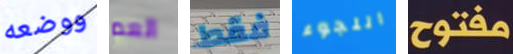
ووضعه العم فقط اللجوء مفتوح